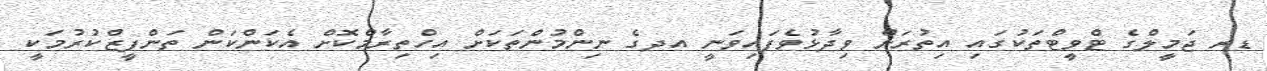
ޑރ ޖަމީލްގެ ޓްވީޓްތަކުގައި އިތުރަށް ވިދާޅުވެފައިވަނީ އދގެ ނިންމުންތަކަށް އިހްތިރާމްކޮށް އެކަންކަން ތަންފީޒްކުރުމަކީ